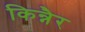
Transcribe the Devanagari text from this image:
किन्नैर